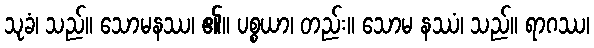
သုခံ၊ သည်။ သောမနဿ၊ ၏။ ပစ္စယာ၊ တည်း။ သောမ နဿံ၊ သည်။ ရာဂဿ၊